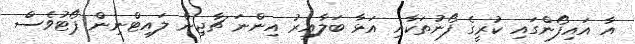
އާ އައިފޯންގައި ކުރީގެ ފޯނުތަކާއި އަޅާ ބަލާއިރު އިންނަ ޗާޖިން ލައިޓްނިން ޕޯޓުވެސް